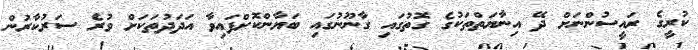
ކުރީގެ ރައީސުންނަށް ދޭ އިނާޔަތްތަކުގެ ގޮތުގައި ގާނޫނުގައި ބަޔާންކޮށްފައިވާ އަދަދުތަކަށް ވުރެ ސަރުކާރުން